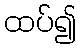
ထပ်၍